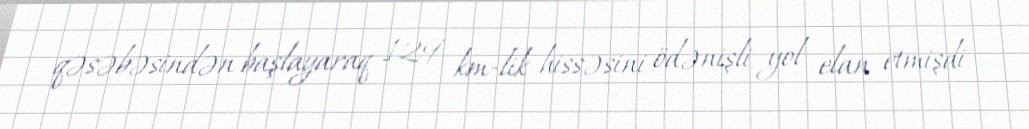
qəsəbəsindən başlayaraq 129 km-lik hissəsini ödənişli yol elan etmişdi.